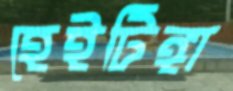
হেইটিঙ্গা